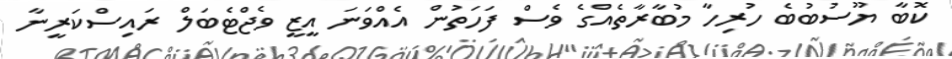
ކޮބާ ޔޫސުބުބެ ހުރިހާ މުބާރާތެއްގެ ވެސް ފަހަތުން އެއްވަނަ އީޒީ ވެޖްޓެބަލް ރައިސްކަރީނާ